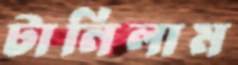
টানিলাম